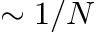
\sim 1 / N